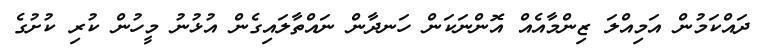
ދައްކަމުން އަމިއްލަ ޒިންމާއެއް އޮންނަކަން ހަނދާން ނައްތާލައިގެން އުޅުނު މީހުން ކުރި ކުށުގެ